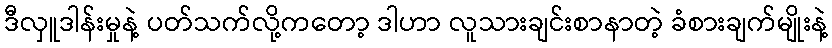
ဒီလှူဒါန်းမှုနဲ့ ပတ်သက်လို့ကတော့ ဒါဟာ လူသားချင်းစာနာတဲ့ ခံစားချက်မျိုးနဲ့